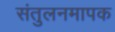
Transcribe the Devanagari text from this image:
संतुलनमापक